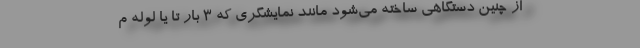
از چنین دستگاهی ساخته می‌شود مانند نمایشگری که ۳ بار تا یا لوله م